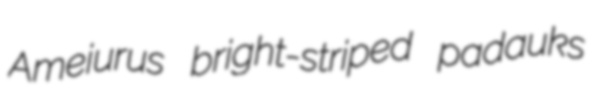
Ameiurus bright-striped padauks